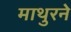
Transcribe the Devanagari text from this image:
माथुरने